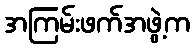
အကြမ်းဖက်အဖွဲ့က